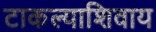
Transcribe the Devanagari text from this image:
टाकल्याशिवाय